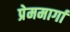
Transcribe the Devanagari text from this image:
प्रेममार्गा